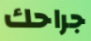
جراحك